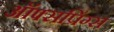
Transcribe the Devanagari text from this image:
ऑफ्सप्रिंग्स